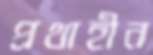
প্রথাহীন